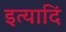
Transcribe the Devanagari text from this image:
इत्यादिं